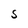
Character: S